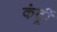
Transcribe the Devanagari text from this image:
कंर्ट्री